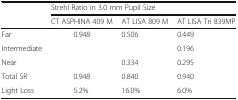
<table><thead><tr><td></td><td colspan="3"><b>Strehl Ratio in 3.0 mm Pupil Size</b></td></tr><tr><td></td><td><b>CT ASPHINA 409 M</b></td><td><b>AT LISA 809 M</b></td><td><b>AT LISA Tri 839MP</b></td></tr></thead><tbody><tr><td>Far</td><td>0.948</td><td>0.506</td><td>0.449</td></tr><tr><td>Intermediate</td><td></td><td></td><td>0.196</td></tr><tr><td>Near</td><td></td><td>0.334</td><td>0.295</td></tr><tr><td>Total SR</td><td>0.948</td><td>0.840</td><td>0.940</td></tr><tr><td>Light Loss</td><td>5.2%</td><td>16.0%</td><td>6.0%</td></tr></tbody></table>